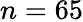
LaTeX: n=65